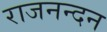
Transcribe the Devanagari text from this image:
राजनन्दन